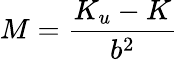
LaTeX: M=\frac{K_{u}-K}{b^{2}}